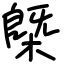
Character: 槩